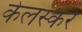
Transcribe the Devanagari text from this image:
केलस्कर